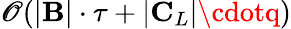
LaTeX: \mathscr{O}(|\mathbf{{B}}|\cdot\tau+|\mathbf{{C}}_{L}|\cdotq)